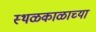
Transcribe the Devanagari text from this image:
स्थळकाळाच्या